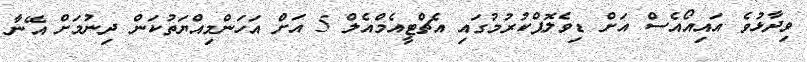
ވިދާޅުވެ އައިއޯއެސް އަށް ޑިވެލޮޕްކުރުމުގައި އެޗްޓީއެމްއެލް 5 އަށް އަހަންމިއްޔަތުކަން ދިނުމަށް އޭނާ